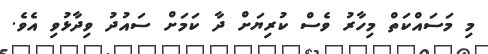
މި މަސައްކަތް މިހާރު ވެސް ކުރިޔަށް ދާ ކަމަށް ސައުދު ވިދާޅުވި އެވެ.